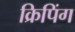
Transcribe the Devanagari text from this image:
क्रिपिंग